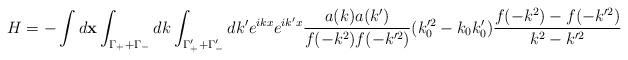
LaTeX: \begin{align*}H=-\int d{\bf x}\int_{\Gamma_+ +\Gamma_-} dk\int_{\Gamma_+' +\Gamma_-'}dk' e^{ikx}e^{ik'x}\frac{a(k)a(k')}{f(-k^2)f(-k'^2)}(k_0'^2-k_0 k_0')\frac{f(-k^2)-f(-k'^2)}{k^2-k'^2}\end{align*}